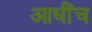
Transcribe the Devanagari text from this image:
आधींच